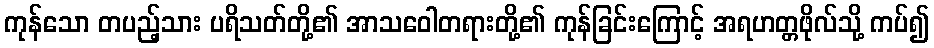
ကုန်သော တပည့်သား ပရိသတ်တို့၏ အာသဝေါတရားတို့၏ ကုန်ခြင်းကြောင့် အရဟတ္တဖိုလ်သို့ ကပ်၍